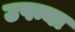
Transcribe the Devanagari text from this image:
उपन्या